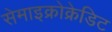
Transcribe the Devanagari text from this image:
सेमाइक्रोक्रेडिट